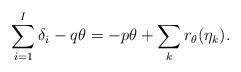
LaTeX: \begin{align*}\sum_{i=1}^{I}\delta_i - q \theta= -p \theta + \sum_{k}r_{\theta} (\eta_k ).\end{align*}